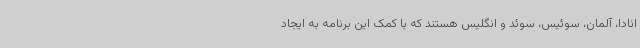
انادا، آلمان، سوئیس، سوئد و انگلیس هستند که با کمک این برنامه به ایجاد